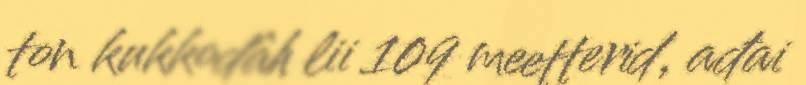
ton kukkodâh lii 109 meetterid, ađai